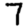
Digit: 7